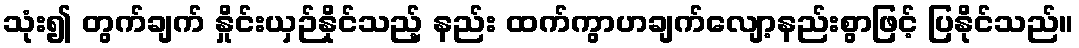
သုံး၍ တွက်ချက် နှိုင်းယှဉ်နိုင်သည့် နည်း ထက်ကွာဟချက်လျော့နည်းစွာဖြင့် ပြနိုင်သည်။